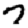
Digit: 7